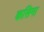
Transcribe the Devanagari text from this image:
कसिना